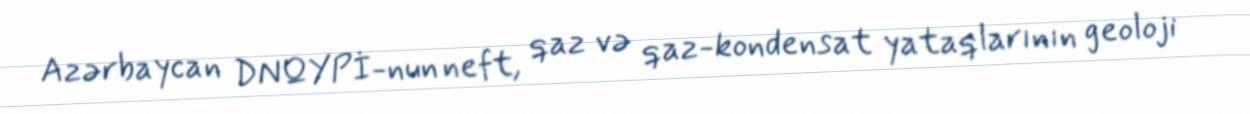
Azərbaycan DNQYPİ-nun neft, qaz və qaz-kondensat yataqlarının geoloji